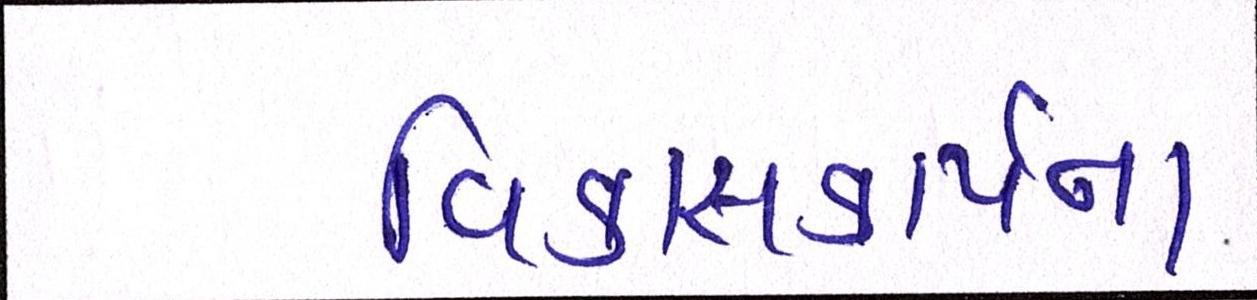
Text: વિકાસકાર્યના